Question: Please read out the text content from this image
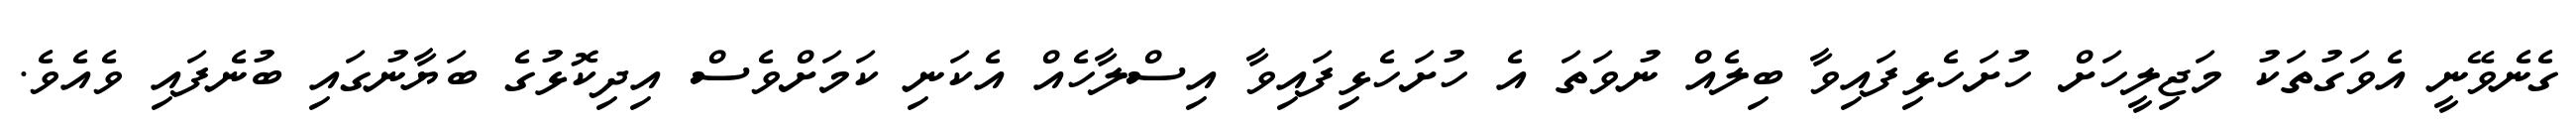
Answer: ގެނެވޭނީ އެވަގުތަކު މަޖިލީހަށް ހުށަހެޅިފައިވާ ބިލެއް ނުވަތަ އެ ހުށަހެޅިފައިވާ އިސްލާހެއް އެކަނި ކަމަށްވެސް އިދިކޮޅުގެ ބަޔާނުގައި ބުނެފައި ވެއެވެ.